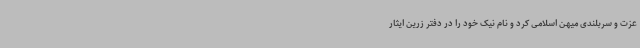
عزت و سربلندی میهن اسلامی کرد و نام نیک خود را در دفتر زرین ایثار